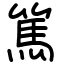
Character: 篤